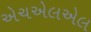
એચએલએલ